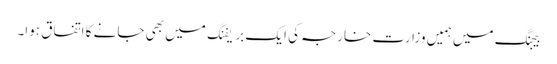
بیجنگ میں ہمیں وزارت خارجہ کی ایک بریفنگ میں بھی جانے کا اتفاق ہوا۔